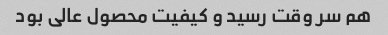
هم سر وقت رسید و کیفیت محصول عالی بود